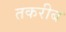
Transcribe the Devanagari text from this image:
तकरीब